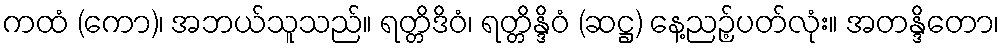
ကထံ (ကော)၊ အဘယ်သူသည်။ ရတ္တိဒိဝံ၊ ရတ္တိန္ဒိဝံ (ဆဋ္ဌ) နေ့ညဉ့်ပတ်လုံး။ အတန္ဒိတော၊